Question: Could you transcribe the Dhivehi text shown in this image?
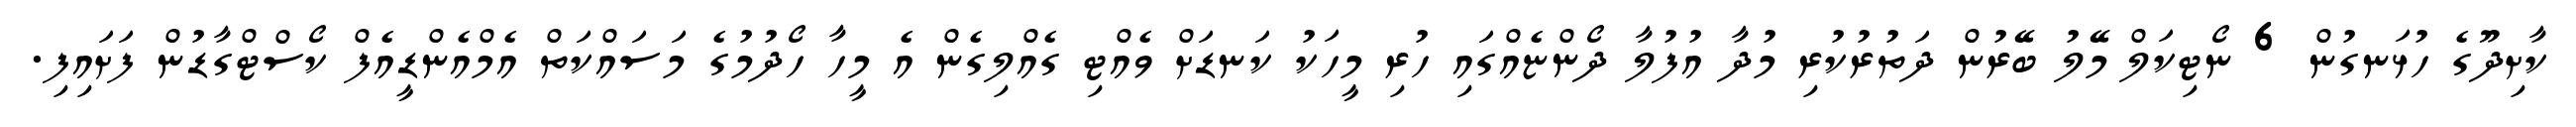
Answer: ކާށިދޫގެ ހުޅަނގުން 6 ނޯޓިކަލް މޭލު ބޭރުން ދަތުރުކުރި މުދާ އުފުލާ ދޯންޏެއްގައި ހުރި މީހަކު ކަނޑަށް ވެއްޓި ގެއްލިގެން އެ މީހާ ހޯދުމުގެ މަސައްކަތް އެމްއެންޑީއެފް ކޯސްޓްގާޑުން ފަށައިފި.